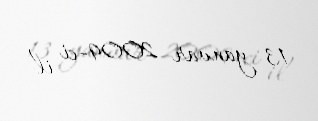
13 yanvar 2009-ci il